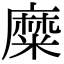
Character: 糜